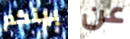
بينكم عن